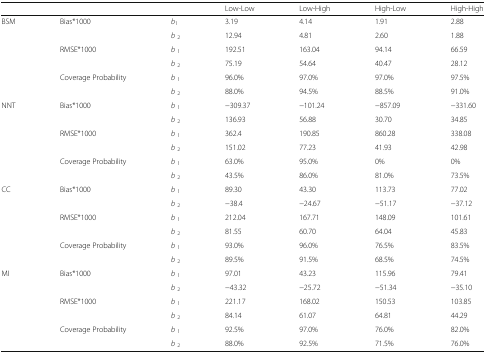
<table><thead><tr><td></td><td></td><td></td><td><b>Low-Low</b></td><td><b>Low-High</b></td><td><b>High-Low</b></td><td><b>High-High</b></td></tr></thead><tbody><tr><td rowspan="6">BSM</td><td rowspan="2">Bias*1000</td><td><i>b</i><sub>1</sub></td><td>3.19</td><td>4.14</td><td>1.91</td><td>2.88</td></tr><tr><td><i>b</i><sub>2</sub></td><td>12.94</td><td>4.81</td><td>2.60</td><td>1.88</td></tr><tr><td rowspan="2">RMSE*1000</td><td><i>b</i><sub>1</sub></td><td>192.51</td><td>163.04</td><td>94.14</td><td>66.59</td></tr><tr><td><i>b</i><sub>2</sub></td><td>75.19</td><td>54.64</td><td>40.47</td><td>28.12</td></tr><tr><td rowspan="2">Coverage Probability</td><td><i>b</i><sub>1</sub></td><td>96.0%</td><td>97.0%</td><td>97.0%</td><td>97.5%</td></tr><tr><td><i>b</i><sub>2</sub></td><td>88.0%</td><td>94.5%</td><td>88.5%</td><td>91.0%</td></tr><tr><td rowspan="6">NNT</td><td rowspan="2">Bias*1000</td><td><i>b</i><sub>1</sub></td><td>−309.37</td><td>−101.24</td><td>−857.09</td><td>−331.60</td></tr><tr><td><i>b</i><sub>2</sub></td><td>136.93</td><td>56.88</td><td>30.70</td><td>34.85</td></tr><tr><td rowspan="2">RMSE*1000</td><td><i>b</i><sub>1</sub></td><td>362.4</td><td>190.85</td><td>860.28</td><td>338.08</td></tr><tr><td><i>b</i><sub>2</sub></td><td>151.02</td><td>77.23</td><td>41.93</td><td>42.98</td></tr><tr><td rowspan="2">Coverage Probability</td><td><i>b</i><sub>1</sub></td><td>63.0%</td><td>95.0%</td><td>0%</td><td>0%</td></tr><tr><td><i>b</i><sub>2</sub></td><td>43.5%</td><td>86.0%</td><td>81.0%</td><td>73.5%</td></tr><tr><td rowspan="6">CC</td><td rowspan="2">Bias*1000</td><td><i>b</i><sub>1</sub></td><td>89.30</td><td>43.30</td><td>113.73</td><td>77.02</td></tr><tr><td><i>b</i><sub>2</sub></td><td>−38.4</td><td>−24.67</td><td>−51.17</td><td>−37.12</td></tr><tr><td rowspan="2">RMSE*1000</td><td><i>b</i><sub>1</sub></td><td>212.04</td><td>167.71</td><td>148.09</td><td>101.61</td></tr><tr><td><i>b</i><sub>2</sub></td><td>81.55</td><td>60.70</td><td>64.04</td><td>45.83</td></tr><tr><td rowspan="2">Coverage Probability</td><td><i>b</i><sub>1</sub></td><td>93.0%</td><td>96.0%</td><td>76.5%</td><td>83.5%</td></tr><tr><td><i>b</i><sub>2</sub></td><td>89.5%</td><td>91.5%</td><td>68.5%</td><td>74.5%</td></tr><tr><td rowspan="6">MI</td><td rowspan="2">Bias*1000</td><td><i>b</i><sub>1</sub></td><td>97.01</td><td>43.23</td><td>115.96</td><td>79.41</td></tr><tr><td><i>b</i><sub>2</sub></td><td>−43.32</td><td>−25.72</td><td>−51.34</td><td>−35.10</td></tr><tr><td rowspan="2">RMSE*1000</td><td><i>b</i><sub>1</sub></td><td>221.17</td><td>168.02</td><td>150.53</td><td>103.85</td></tr><tr><td><i>b</i><sub>2</sub></td><td>84.14</td><td>61.07</td><td>64.81</td><td>44.29</td></tr><tr><td rowspan="2">Coverage Probability</td><td><i>b</i><sub>1</sub></td><td>92.5%</td><td>97.0%</td><td>76.0%</td><td>82.0%</td></tr><tr><td><i>b</i><sub>2</sub></td><td>88.0%</td><td>92.5%</td><td>71.5%</td><td>76.0%</td></tr></tbody></table>